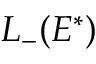
L _ { - } ( E ^ { * } )